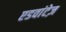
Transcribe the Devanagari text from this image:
एडवांटेज़